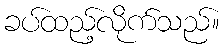
ခပ်ထည့်လိုက်သည်။